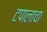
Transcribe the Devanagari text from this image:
टपालाचा